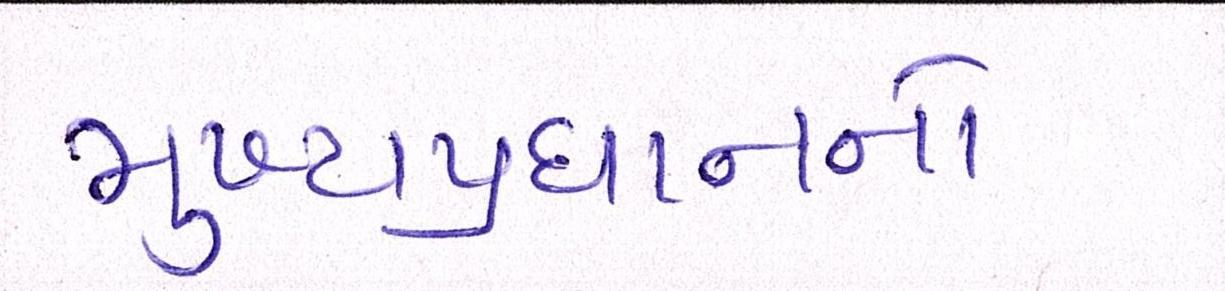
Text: મુખ્યપ્રધાનનો